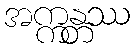
အက္ကန္တဿ